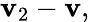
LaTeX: \mathbf{v}_{2}-\mathbf{v},